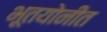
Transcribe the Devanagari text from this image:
भूतयोनीत